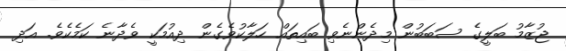
ޖުޒާމު ބަލީގެ ސަބަބުން މިދެންނެވި ބައިތައް ހަލާކުވެގެން ދިއުމަކީ ވެދާނެ ކަމެކެވެ. އަދި